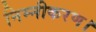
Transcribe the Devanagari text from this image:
निम्नीकरण।